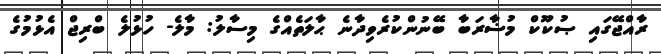
ރާއްޖޭގައި ޞުކޫކް މުޟާރަބާ ބޭނުންކުރެވިދާނެ ޙާލަތެއްގެ މިސާލު: މާލެ- ހުޅުލެ ބްރިޖް އެޅުމުގެ